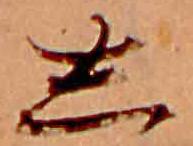
し